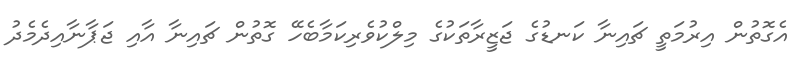
އެގޮތުން އިރުމަތީ ޗައިނާ ކަނޑުގެ ޖަޒީރާތަކުގެ މިލްކުވެރިކަމާބެހޭ ގޮތުން ޗައިނާ އާއި ޖަޕާނާއިދެމެދު